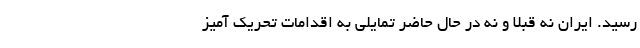
رسید. ایران نه قبلا و نه در حال حاضر تمایلی به اقدامات تحریک آمیز